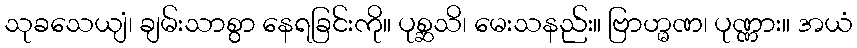
သုခသေယျံ၊ ချမ်းသာစွာ နေရခြင်းကို။ ပုစ္ဆသိ၊ မေးသနည်း။ ဗြာဟ္မဏ၊ ပုဏ္ဏား။ အယံ